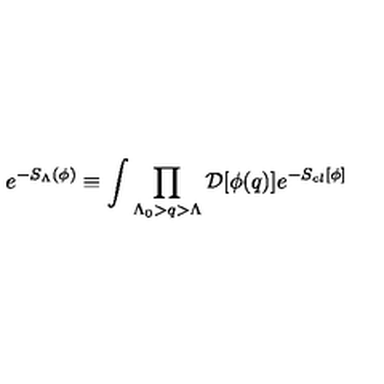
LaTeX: e ^ { - S _ { \Lambda } ( \phi ) } \equiv \int \prod _ { \Lambda _ { 0 } > q > \Lambda } { \cal D } [ \phi ( { q } ) ] e ^ { - S _ { c l } [ \phi ] }